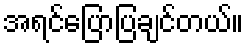
အရင်ပြောပြချင်တယ်။